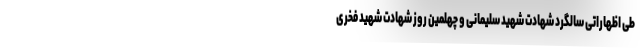
طی اظهاراتی سالگرد شهادت شهید سلیمانی و چهلمین روز شهادت شهید فخری